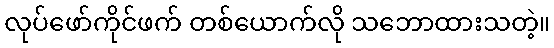
လုပ်ဖော်ကိုင်ဖက် တစ်ယောက်လို သဘောထားသတဲ့။